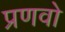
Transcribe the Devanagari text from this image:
प्रणवो